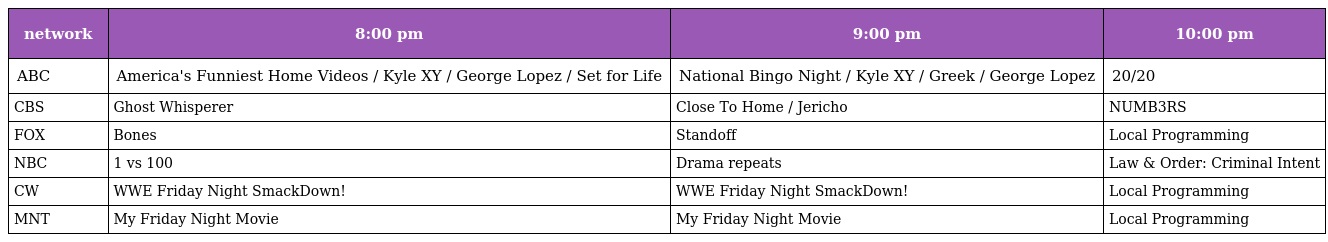
| network | 8:00 pm | 9:00 pm | 10:00 pm |
 | --- | --- | --- | --- |
 | ABC | America's Funniest Home Videos / Kyle XY / George Lopez / Set for Life | National Bingo Night / Kyle XY / Greek / George Lopez | 20/20 |
 | CBS | Ghost Whisperer | Close To Home / Jericho | NUMB3RS |
 | FOX | Bones | Standoff | Local Programming |
 | NBC | 1 vs 100 | Drama repeats | Law & Order: Criminal Intent |
 | CW | WWE Friday Night SmackDown! | WWE Friday Night SmackDown! | Local Programming |
 | MNT | My Friday Night Movie | My Friday Night Movie | Local Programming |